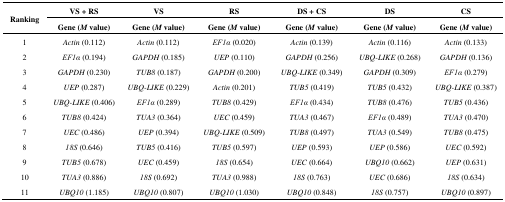
<table><thead><tr><td rowspan="3"><b>Ranking</b></td><td><b>VS + RS</b></td><td><b>VS</b></td><td><b>RS</b></td><td><b>DS + CS</b></td><td><b>DS</b></td><td><b>CS</b></td></tr><tr><td><b>Gene (<i>M</i> value)</b></td><td><b>Gene (<i>M</i> value)</b></td><td><b>Gene (<i>M</i> value)</b></td><td><b>Gene (<i>M</i> value)</b></td><td><b>Gene (<i>M</i> value)</b></td><td><b>Gene (<i>M</i> value)</b></td></tr></thead><tbody><tr><td>1</td><td><i>Actin</i> (0.112)</td><td><i>Actin</i> (0.112)</td><td><i>EF1α</i> (0.020)</td><td><i>Actin</i> (0.139)</td><td><i>Actin</i> (0.116)</td><td><i>Actin</i> (0.133)</td></tr><tr><td>2</td><td><i>EF1α</i> (0.194)</td><td><i>GAPDH</i> (0.185)</td><td><i>UEP</i> (0.110)</td><td><i>GAPDH</i> (0.256)</td><td><i>UBQ-LIKE</i> (0.268)</td><td><i>GAPDH</i> (0.136)</td></tr><tr><td>3</td><td><i>GAPDH</i> (0.230)</td><td><i>TUB8</i> (0.187)</td><td><i>GAPDH</i> (0.200)</td><td><i>UBQ-LIKE</i> (0.349)</td><td><i>GAPDH</i> (0.309)</td><td><i>EF1α</i> (0.279)</td></tr><tr><td>4</td><td><i>UEP</i> (0.287)</td><td><i>UBQ-LIKE</i> (0.229)</td><td><i>Actin</i> (0.201)</td><td><i>TUB5</i> (0.419)</td><td><i>TUB5</i> (0.432)</td><td><i>UBQ-LIKE</i> (0.387)</td></tr><tr><td>5</td><td><i>UBQ-LIKE</i> (0.406)</td><td><i>EF1α</i> (0.289)</td><td><i>TUB8</i> (0.429)</td><td><i>EF1α</i> (0.434)</td><td><i>TUB8</i> (0.476)</td><td><i>TUB5</i> (0.436)</td></tr><tr><td>6</td><td><i>TUB8</i> (0.424)</td><td><i>TUA3</i> (0.364)</td><td><i>UEC</i> (0.459)</td><td><i>TUA3</i> (0.467)</td><td><i>EF1α</i> (0.489)</td><td><i>TUA3</i> (0.470)</td></tr><tr><td>7</td><td><i>UEC</i> (0.486)</td><td><i>UEP</i> (0.394)</td><td><i>UBQ-LIKE</i> (0.509)</td><td><i>TUB8</i> (0.497)</td><td><i>TUA3</i> (0.549)</td><td><i>TUB8</i> (0.475)</td></tr><tr><td>8</td><td><i>18S</i> (0.646)</td><td><i>TUB5</i> (0.416)</td><td><i>TUB5</i> (0.597)</td><td><i>UEP</i> (0.593)</td><td><i>UEP</i> (0.586)</td><td><i>UEC</i> (0.592)</td></tr><tr><td>9</td><td><i>TUB5</i> (0.678)</td><td><i>UEC</i> (0.459)</td><td><i>18S</i> (0.654)</td><td><i>UEC</i> (0.664)</td><td><i>UBQ10</i> (0.662)</td><td><i>UEP</i> (0.631)</td></tr><tr><td>10</td><td><i>TUA3</i> (0.886)</td><td><i>18S</i> (0.692)</td><td><i>TUA3</i> (0.988)</td><td><i>18S</i> (0.763)</td><td><i>UEC</i> (0.686)</td><td><i>18S</i> (0.634)</td></tr><tr><td>11</td><td><i>UBQ10</i> (1.185)</td><td><i>UBQ10</i> (0.807)</td><td><i>UBQ10</i> (1.030)</td><td><i>UBQ10</i> (0.848)</td><td><i>18S</i> (0.757)</td><td><i>UBQ10</i> (0.897)</td></tr></tbody></table>